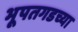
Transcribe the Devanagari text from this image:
भूपतगडच्या